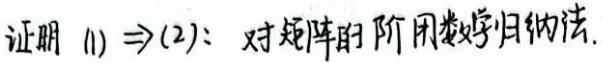
证明\((1)\Rightarrow(2)\)：对矩阵的阶用数学归纳法.